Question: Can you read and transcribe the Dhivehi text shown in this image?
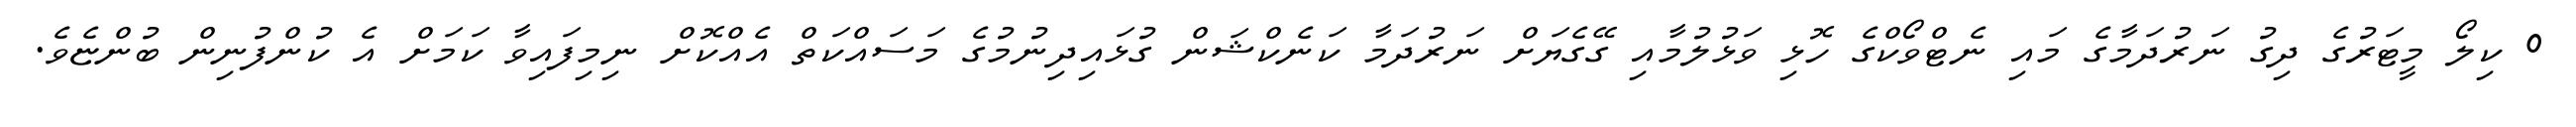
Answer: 0 ކިލޯ މީޓަރުގެ ދިގު ނަރުދަމާގެ މައި ނެޓްވޯކްގެ ހޮޅި ވަޅުލުމާއި ގޭގެޔަށް ނަރުދަމާ ކަނެކްޝަން ގުޅައިދިނުމުގެ މަސައްކަތް އެއްކޮށް ނިމިފައިވާ ކަމަށް އެ ކުންފުނިން ބުންޏެވެ.